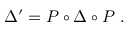
\Delta ^ { \prime } = P \circ \Delta \circ P ~ .